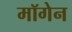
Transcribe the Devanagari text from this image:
मॉगेन